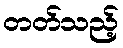
တတ်သည့်